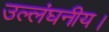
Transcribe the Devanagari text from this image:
उल्लंघनीय।